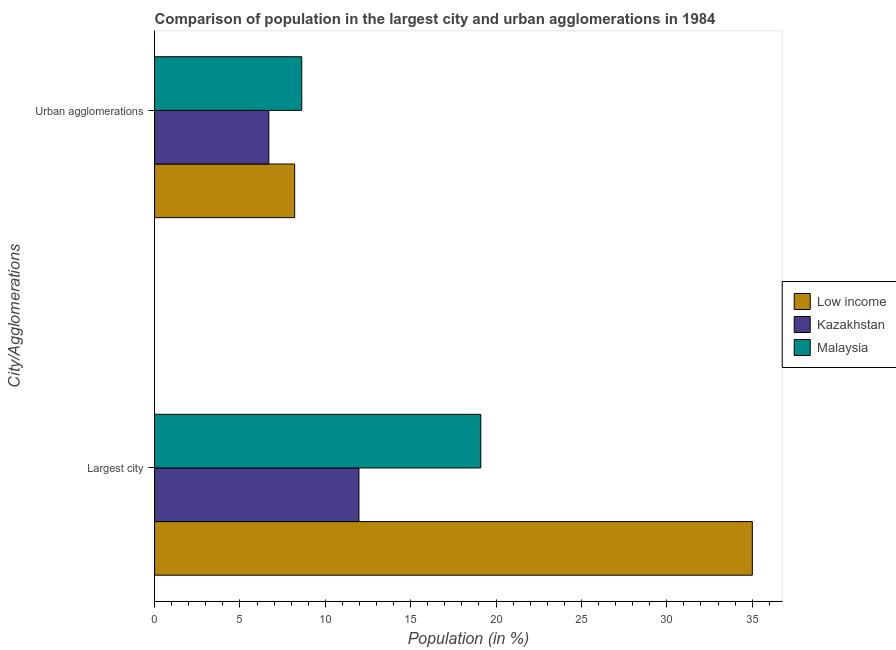
| City/Agglomerations | Low income | Kazakhstan | Malaysia |
 | --- | --- | --- | --- |
 | Largest city | 35 | 12 | 19.1 |
 | Urban agglomerations | 8.2 | 6.69 | 8.62 |